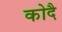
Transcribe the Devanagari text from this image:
कोदै